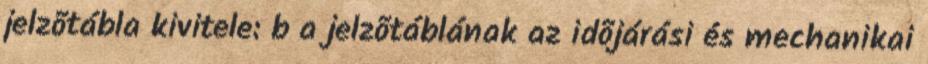
jelzõtábla kivitele: b a jelzõtáblának az idõjárási és mechanikai